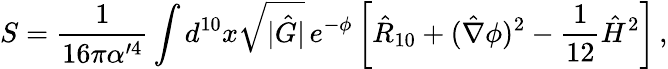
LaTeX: S={\frac{1}{16\pi\alpha^{\prime 4}}}\int d^{10}x\sqrt{|\hat{G}|}\, e^{-\phi}\left[\hat{R}_{10}+(\hat{\nabla}\phi)^{2}-{\frac{1}{12}}\hat{H}^{2}\right]\, ,